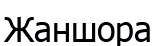
Жаншора